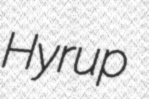
Hyrup